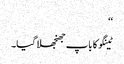
‘‘
ٹینگو کا باپ جھنجھلا گیا۔